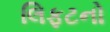
લિફટનો